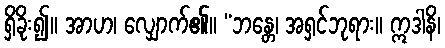
ရှိခိုး၍။ အာဟ၊ လျှောက်၏။ “ဘန္တေ၊ အရှင်ဘုရား။ ဣဒါနိ၊